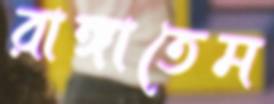
রাঙ্গাতেম